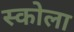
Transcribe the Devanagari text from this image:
स्कोला